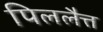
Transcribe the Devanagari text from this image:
पिललैत्त